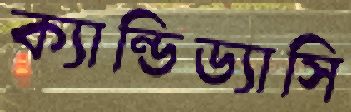
ক্যান্ডিড্যাসি